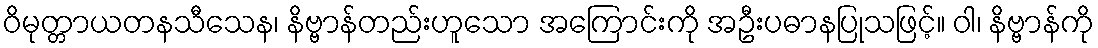
ဝိမုတ္တာယတနသီသေန၊ နိဗ္ဗာန်တည်းဟူသော အကြောင်းကို အဦးပဓာနပြုသဖြင့်။ ဝါ၊ နိဗ္ဗာန်ကို